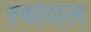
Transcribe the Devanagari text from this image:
स्थायल